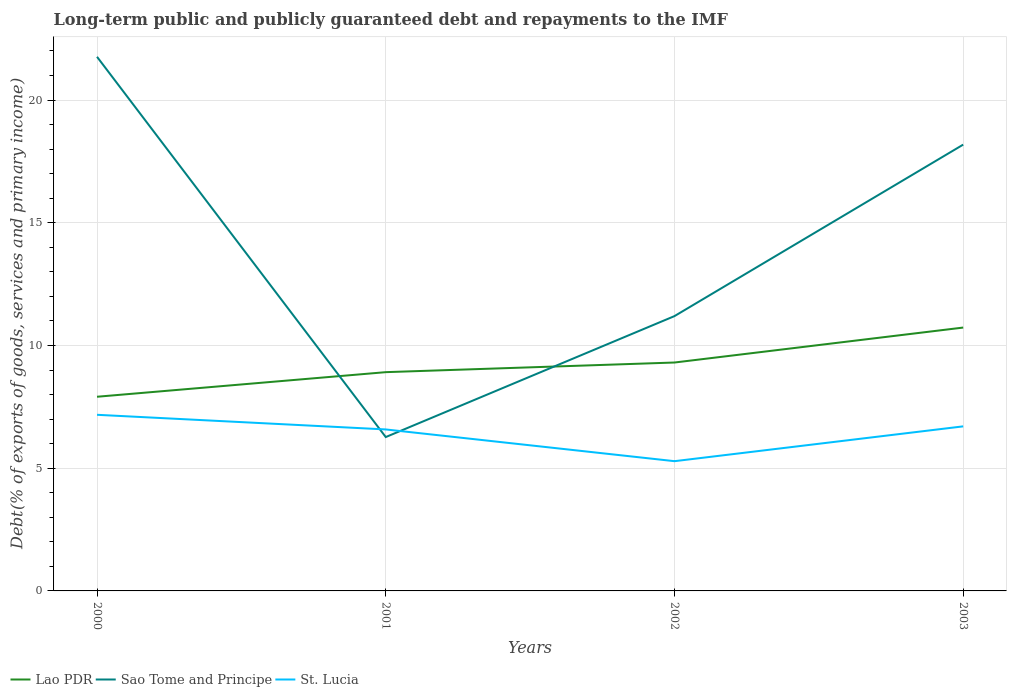
| Years | Lao PDR | Sao Tome and Principe | St. Lucia |
 | --- | --- | --- | --- |
 | 2000 | 7.91 | 21.8 | 7.18 |
 | 2001 | 8.91 | 6.27 | 6.58 |
 | 2002 | 9.31 | 11.2 | 5.29 |
 | 2003 | 10.7 | 18.2 | 6.7 |